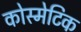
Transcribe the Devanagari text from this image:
कोस्मेटिक